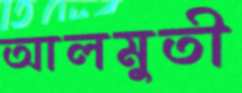
আলমুতী